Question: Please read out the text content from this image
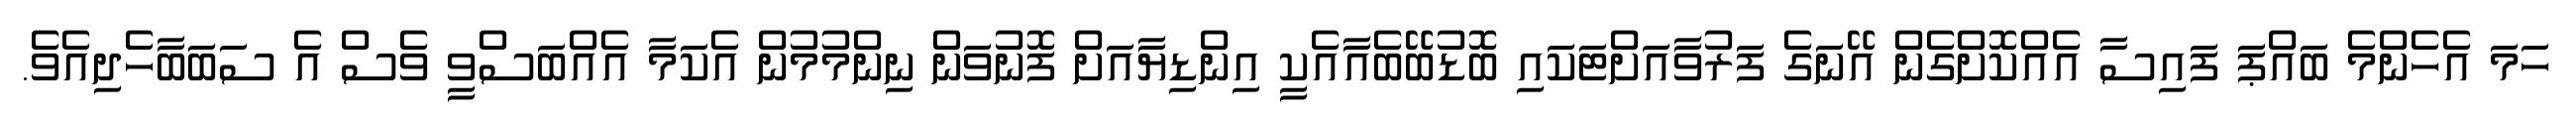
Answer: ހަމަ އެހެންމެ ބައްޕަ ފައިސާ އެއްކޮށްގެން އޭނަގެ ފަރުވާއަށްޓަކައި ބޮޑުބޭބެއާއެކީ އިންޑިޔާއަށް ފޮނުވަން ނިންމުމުން އެކަމާ އެއްބަސްވީ ވެސް އެ ސަބަބާހެދިއެވެ.